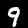
Digit: 9